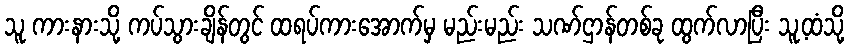
သူ ကားနားသို့ ကပ်သွားချိန်တွင် ထရပ်ကားအောက်မှ မည်းမည်း သဏ်ဌာန်တစ်ခု ထွက်လာပြီး သူ့ထံသို့